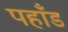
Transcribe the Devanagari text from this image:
पहाँड